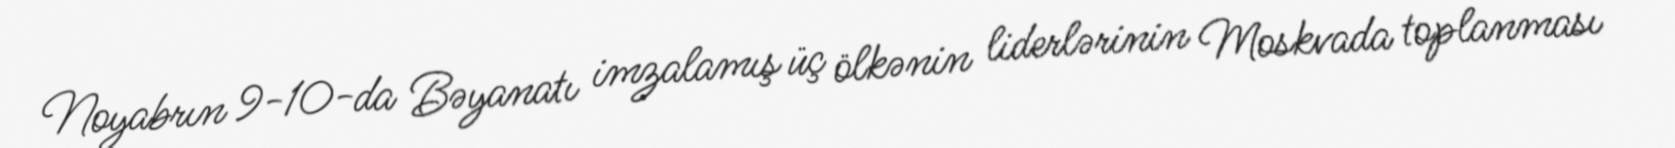
Noyabrın 9-10-da Bəyanatı imzalamış üç ölkənin liderlərinin Moskvada toplanması